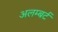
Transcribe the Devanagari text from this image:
अलम्बर्ट